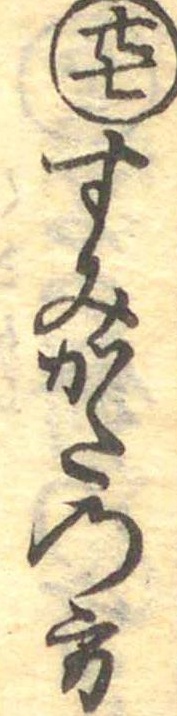
廿七すみかたの方